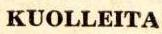
KUOLLEITA